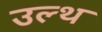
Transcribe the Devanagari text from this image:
उल्थ